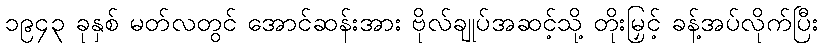
၁၉၄၃ ခုနှစ် မတ်လတွင် အောင်ဆန်းအား ဗိုလ်ချုပ်အဆင့်သို့ တိုးမြှင့် ခန့်အပ်လိုက်ပြီး